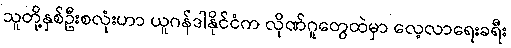
သူတို့နှစ်ဦးစလုံးဟာ ယူဂန်ဒါနိုင်ငံက လိုဏ်ဂူတွေထဲမှာ လေ့လာရေးခရီး